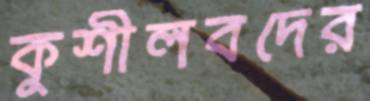
কুশীলবদের